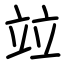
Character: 竝